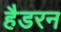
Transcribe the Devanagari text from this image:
हैडरन